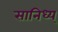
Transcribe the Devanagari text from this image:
सानिध्य्